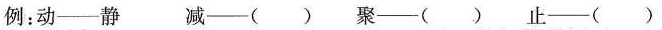
例：动——静减——（）聚——（）止——（）